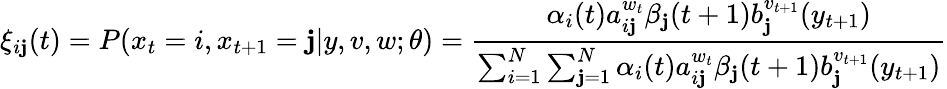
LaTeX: \xi_{i\mathbf{j}}(t)=P(x_{t}=i,x_{t+1}=\mathbf{j}|y,v,w;\theta)={\frac{{\alpha_{i}(t)a_{i\mathbf{j}}^{w_{t}}\beta_{\mathbf{j}}(t+1)b_{\mathbf{j}}^{v_{t+1}}(y_{t+1})}}{{\sum_{i=1}^{N}\sum_{\mathbf{j}=1}^{N}\alpha_{i}(t)a_{i\mathbf{j}}^{w_{t}}\beta_{\mathbf{j}}(t+1)b_{\mathbf{j}}^{v_{t+1}}(y_{t+1})}}}